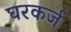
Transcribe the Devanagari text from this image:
घरकर्ज